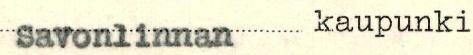
Savonlinnan kaupunki